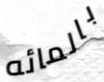
بالمائه